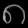
Digit: ၈